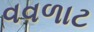
વવળાટ